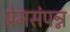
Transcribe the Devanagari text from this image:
प्रेमसंपन्न